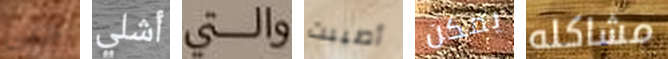
حتى أشلي والتي أصيبت يمكن مشاكله